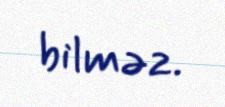
bilməz.